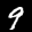
Label: 9